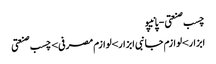
چسب صنعتی - پانیپو
ابزار>لوازم جانبی ابزار>لوازم مصرفی>چسب صنعتی